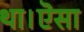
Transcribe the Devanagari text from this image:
था।ऎसा